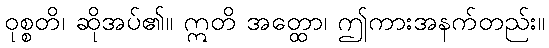
ဝုစ္စတိ၊ ဆိုအပ်၏။ ဣတိ အတ္ထော၊ ဤကားအနက်တည်း။